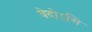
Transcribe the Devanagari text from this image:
वेदोऽसि